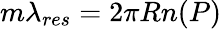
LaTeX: m\lambda_{res}=2\pi Rn(P)